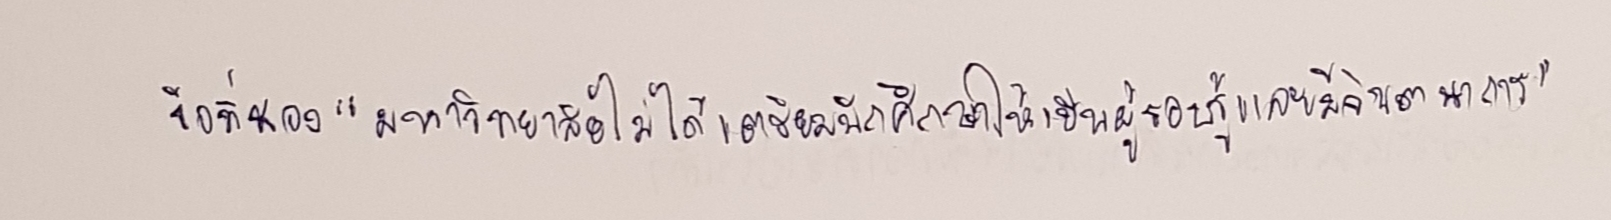
ข้อที่สอง"มหาวิทยาลัยไม่ได้เตรียมนักศึกษาให้เป็นผู้รอบรู้และมีจินตนาการ"